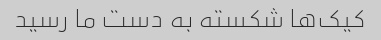
کیک‌ها شکسته به دست ما رسید